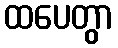
ထပေတွာ